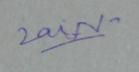
Signature authenticity: genuine